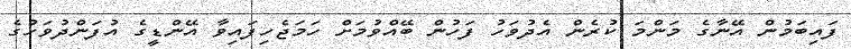
ފައިބަމުން އޭނާގެ މަންމަ ކުރެން އެދުވަހު ފަހުން ބޭއްވުމަށް ހަމަޖެހިފައިވާ އޭންޑީގެ އުފަންދުވަހުގެ